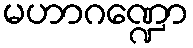
မဟာဂဏ္ဍော